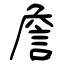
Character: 詹